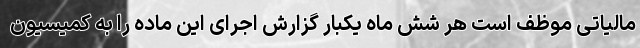
مالیاتی موظف است هر شش ماه یکبار گزارش اجرای این ماده را به کمیسیون